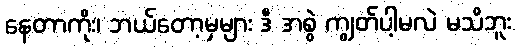
နေတာကိုး၊ ဘယ်တော့မှများ ဒီ အစွဲ ကျွတ်ပါ့မလဲ မသိဘူး